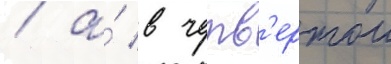
/ а́ в четв'ертои